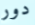
دور